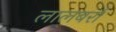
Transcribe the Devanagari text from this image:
लालबर्रा